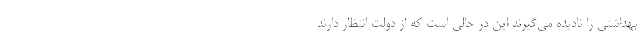
بهداشتی را نادیده می‌گیرند این در حالی است که از دولت انتظار دارند